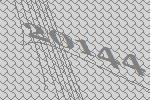
20144